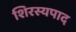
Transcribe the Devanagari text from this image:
शिरस्यपाद